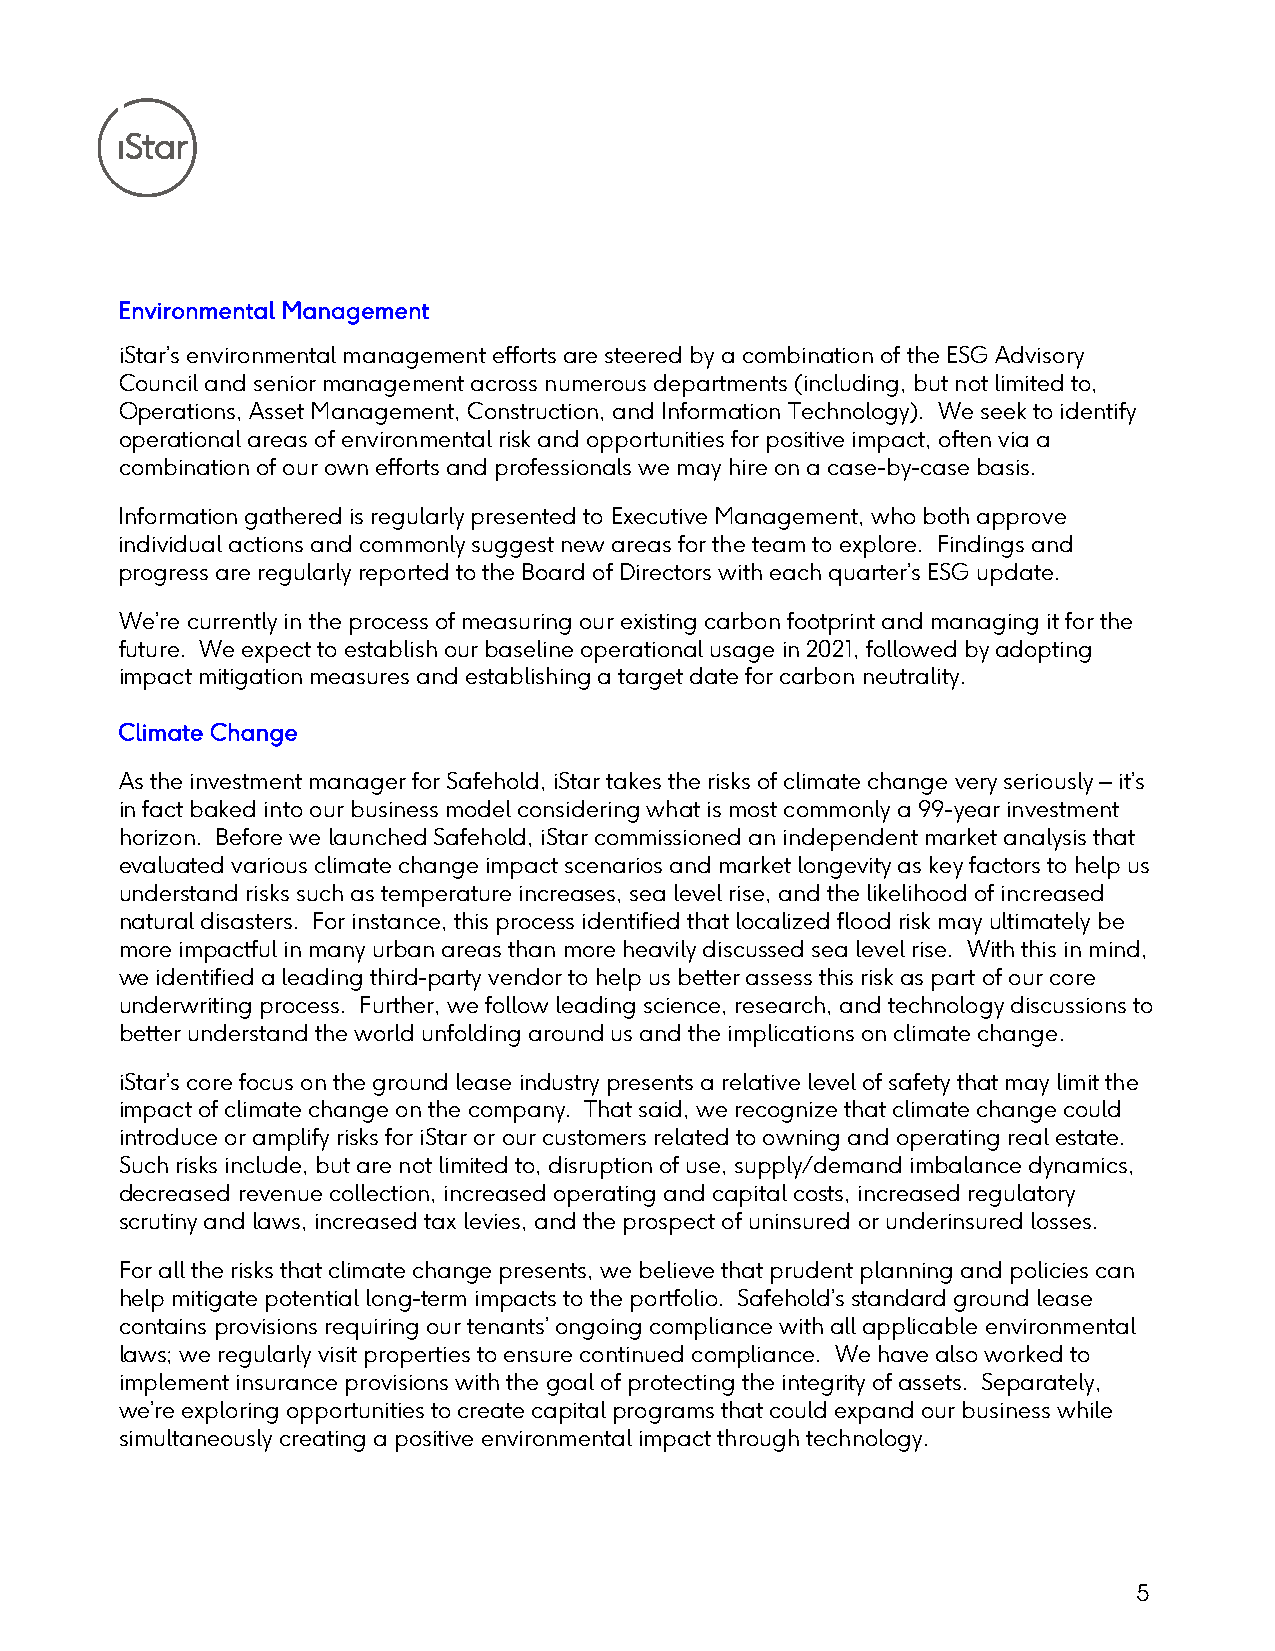
Environmental Management
 iStar’s environmental management efforts are steered by a combination of the ESG Advisory
 Council and senior management across numerous departments (including, but not limited to,
 Operations, Asset Management, Construction, and Information Technology). We seek to identify
 operational areas of environmental risk and opportunities for positive impact, often via a
 combination of our own efforts and professionals we may hire on a case-by-case basis.
 Information gathered is regularly presented to Executive Management, who both approve
 individual actions and commonly suggest new areas for the team to explore. Findings and
 progress are regularly reported to the Board of Directors with each quarter’s ESG update.
 We’re currently in the process of measuring our existing carbon footprint and managing it for the
 future. We expect to establish our baseline operational usage in 2021, followed by adopting
 impact mitigation measures and establishing a target date for carbon neutrality.
 Climate Change
 As the investment manager for Safehold, iStar takes the risks of climate change very seriously – it’s
 in fact baked into our business model considering what is most commonly a 99-year investment
 horizon. Before we launched Safehold, iStar commissioned an independent market analysis that
 evaluated various climate change impact scenarios and market longevity as key factors to help us
 understand risks such as temperature increases, sea level rise, and the likelihood of increased
 natural disasters. For instance, this process identified that localized flood risk may ultimately be
 more impactful in many urban areas than more heavily discussed sea level rise. With this in mind,
 we identified a leading third-party vendor to help us better assess this risk as part of our core
 underwriting process. Further, we follow leading science, research, and technology discussions to
 better understand the world unfolding around us and the implications on climate change.
 iStar’s core focus on the ground lease industry presents a relative level of safety that may limit the
 impact of climate change on the company. That said, we recognize that climate change could
 introduce or amplify risks for iStar or our customers related to owning and operating real estate.
 Such risks include, but are not limited to, disruption of use, supply/demand imbalance dynamics,
 decreased revenue collection, increased operating and capital costs, increased regulatory
 scrutiny and laws, increased tax levies, and the prospect of uninsured or underinsured losses.
 For all the risks that climate change presents, we believe that prudent planning and policies can
 help mitigate potential long-term impacts to the portfolio. Safehold’s standard ground lease
 contains provisions requiring our tenants’ ongoing compliance with all applicable environmental
 laws; we regularly visit properties to ensure continued compliance. We have also worked to
 implement insurance provisions with the goal of protecting the integrity of assets. Separately,
 we’re exploring opportunities to create capital programs that could expand our business while
 simultaneously creating a positive environmental impact through technology.
 5